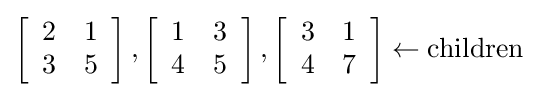
\left[{\begin{array}{*{20}{c}}2&1\\3&5\end{array}}\right],\left[{\begin{array}{*{20}{c}}1&3\\4&5\end{array}}\right],\left[{\begin{array}{*{20}{c}}3&1\\4&7\end{array}}\right]\leftarrow {\text{children}}